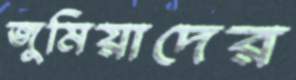
জুমিয়াদের